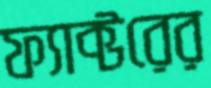
ফ্যাক্টরের